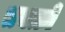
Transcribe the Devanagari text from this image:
तबक़ों